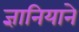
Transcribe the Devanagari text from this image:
ज्ञानियाने